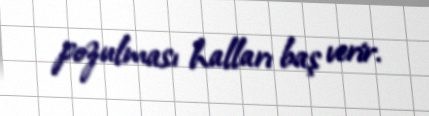
pozulması halları baş verir.